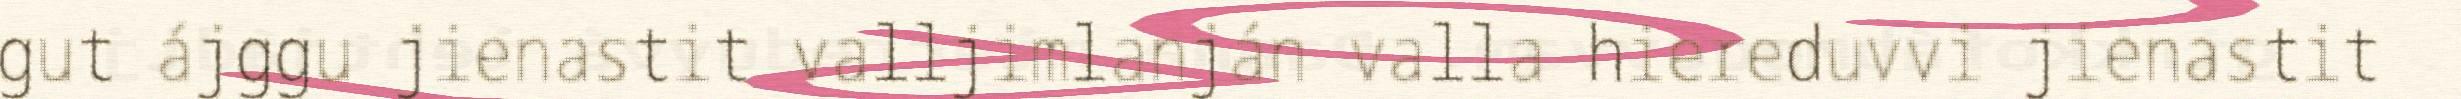
gut ájggu jienastit valljimlanján valla hiereduvvi jienastit